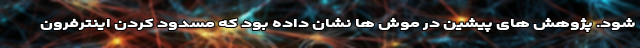
شود. پژوهش های پیشین در موش ها نشان داده بود که مسدود کردن اینترفرون